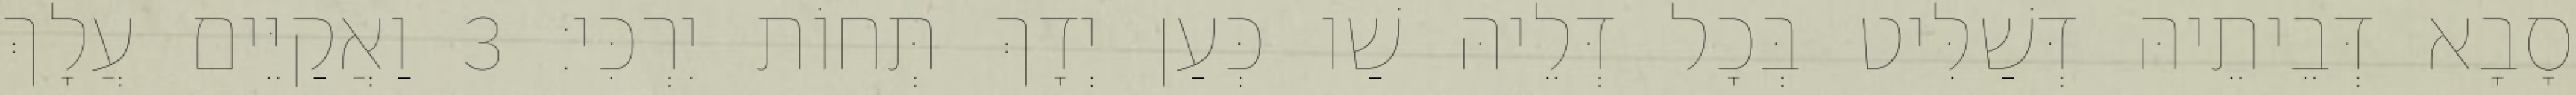
סָבָא דְּבֵיתֵיהּ דְּשַׁלִּיט בְּכָל דְּלֵיהּ שַׁו כְּעַן יְדָךְ תְּחוֹת יִרְכִּי׃ 3 וַאֲקַיֵּים עֲלָךְ